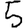
Digit: 5